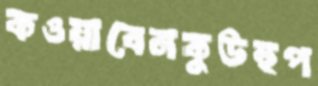
কওয়াবেনকুউহুপ